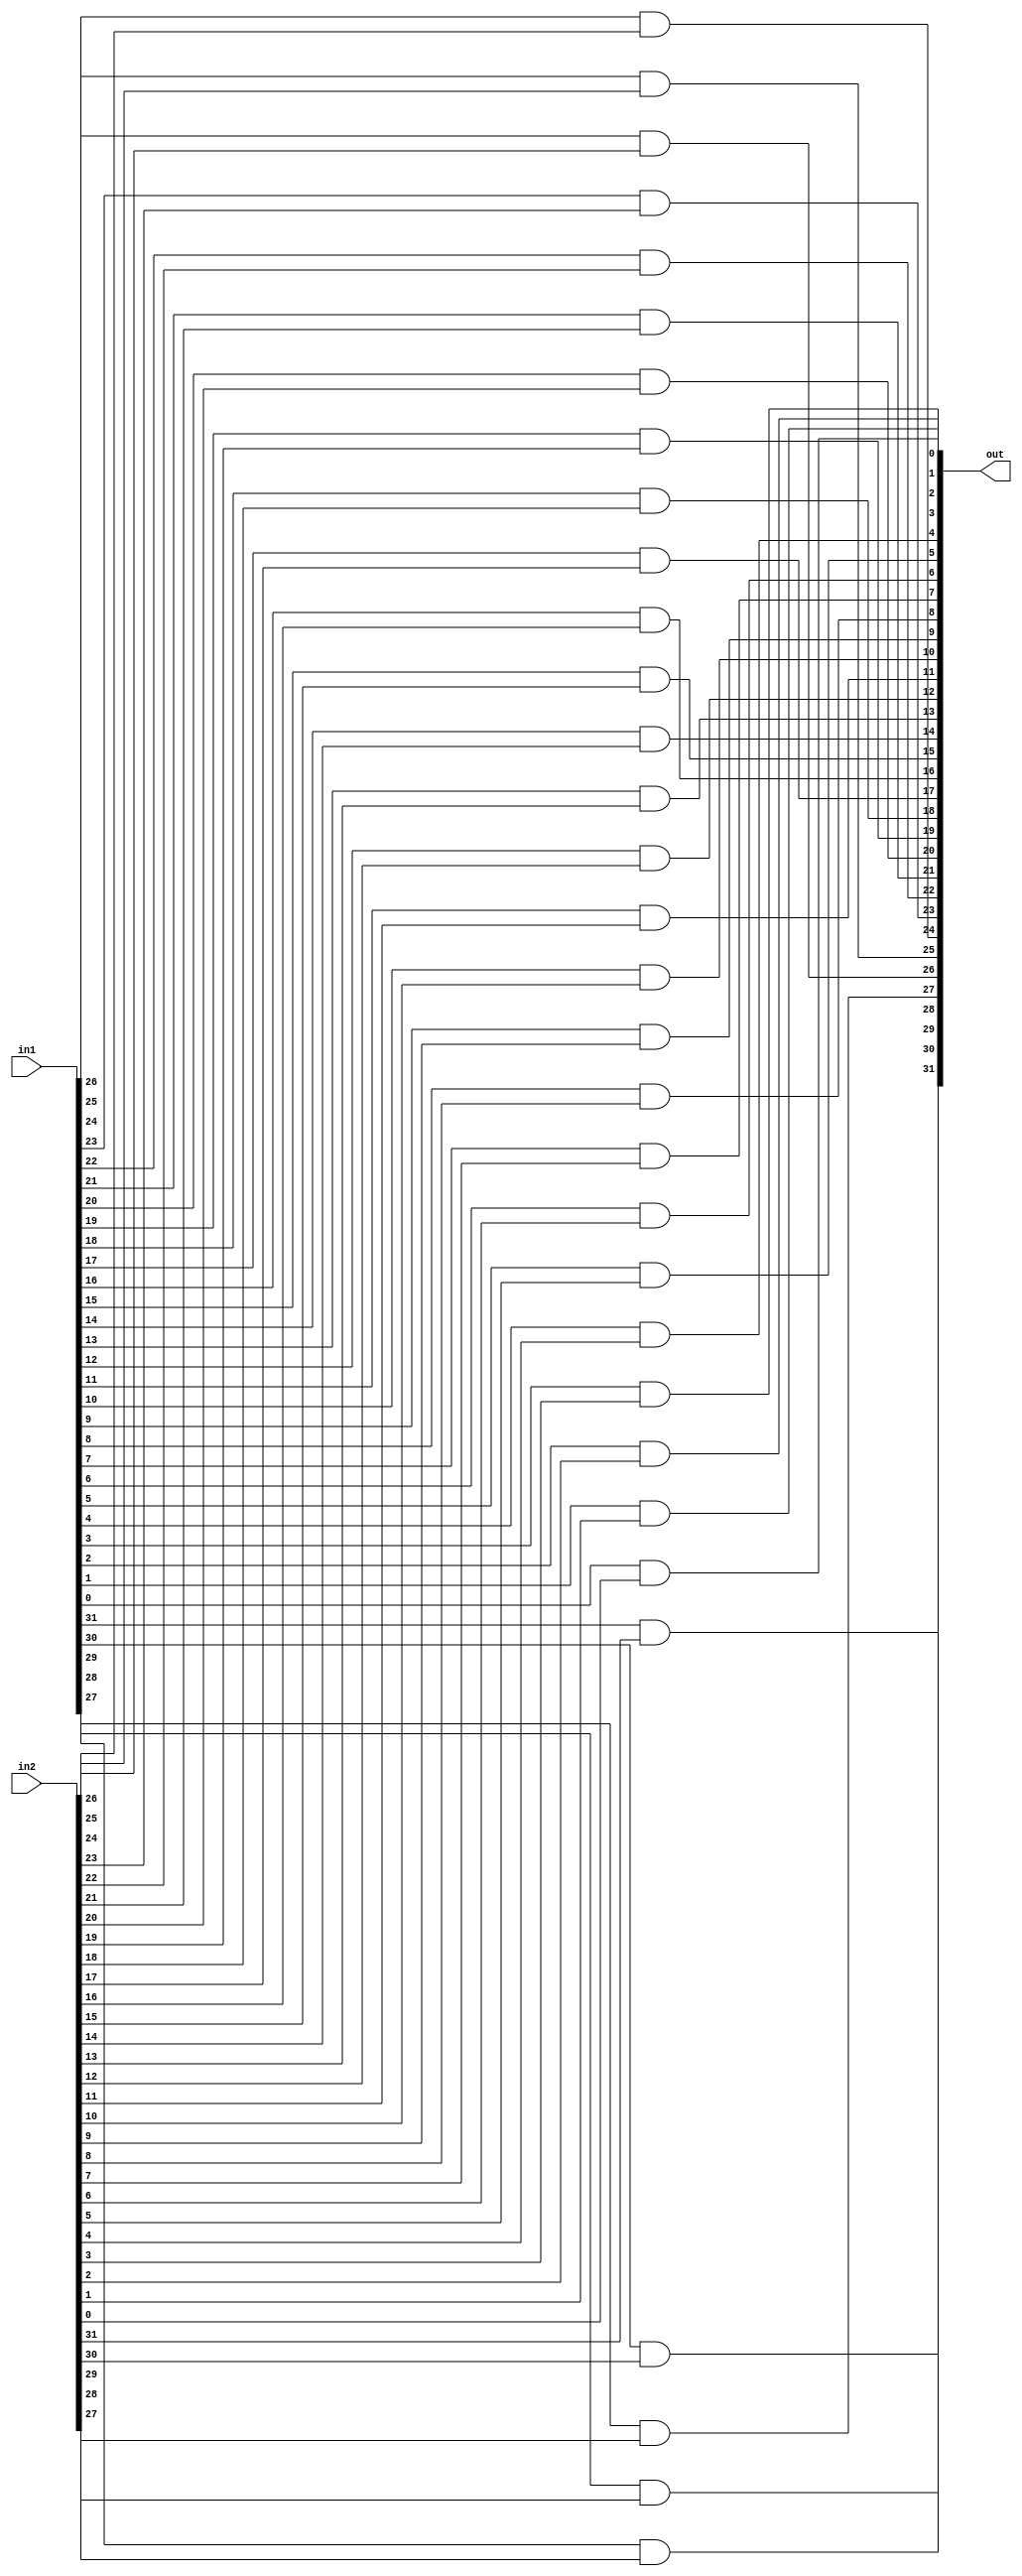
module and_32(out, in1, in2);
input [31:0] in1, in2;
output [31:0] out;

and and1(out[31], in1[31], in2[31]),
	and2(out[30], in1[30], in2[30]),
	and3(out[29], in1[29], in2[29]),
	and4(out[28], in1[28], in2[28]),
	and5(out[27], in1[27], in2[27]),
	and6(out[26], in1[26], in2[26]),
	and7(out[25], in1[25], in2[25]),
	and8(out[24], in1[24], in2[24]),
	and9(out[23], in1[23], in2[23]),
	and10(out[22], in1[22], in2[22]),
	and11(out[21], in1[21], in2[21]),
	and12(out[20], in1[20], in2[20]),
	and13(out[19], in1[19], in2[19]),
	and14(out[18], in1[18], in2[18]),
	and15(out[17], in1[17], in2[17]),
	and16(out[16], in1[16], in2[16]),
	and17(out[15], in1[15], in2[15]),
	and18(out[14], in1[14], in2[14]),
	and19(out[13], in1[13], in2[13]),
	and20(out[12], in1[12], in2[12]),
	and21(out[11], in1[11], in2[11]),
	and22(out[10], in1[10], in2[10]),
	and23(out[9], in1[9], in2[9]),
	and24(out[8], in1[8], in2[8]),
	and25(out[7], in1[7], in2[7]),
	and26(out[6], in1[6], in2[6]),
	and27(out[5], in1[5], in2[5]),
	and28(out[4], in1[4], in2[4]),
	and29(out[3], in1[3], in2[3]),
	and30(out[2], in1[2], in2[2]),
	and31(out[1], in1[1], in2[1]),
	and32(out[0], in1[0], in2[0]);
	
endmodule